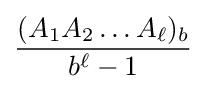
{\frac {(A_{1}A_{2}\ldots A_{\ell })_{b}}{b^{\ell }-1}}